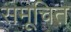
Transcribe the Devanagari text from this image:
समूचित